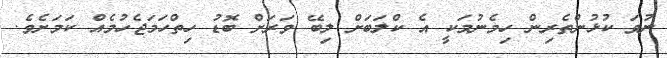
ނުވަ ކުޅުންތެރިން ހިމެނުމަކީ އެ ކްލަބަށް ލިބޭ ވަރަށް ބޮޑު ހިތްހަމަޖެހުމެއް ކަމަށެވެ.